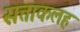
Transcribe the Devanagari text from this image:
सत्ताकलह